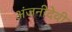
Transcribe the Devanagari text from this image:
अंजनीदेवी